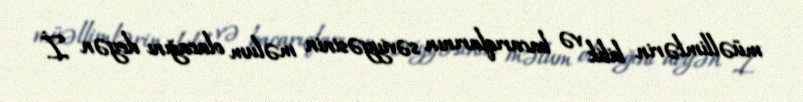
müəllimlərin bilik və bacarıqlarının səviyyəsinin məlum olacağını deyən İ.